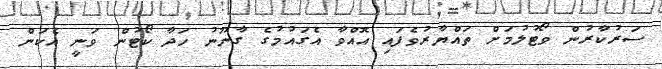
ސަރުކާރުން ވޯޓުލުމަށް ތައްޔާރުވެފައި އޮއްވާ އެގައުމުގެ ގާނޫނު ހަދާ ކޯޓުން ވަނީ އެކަން